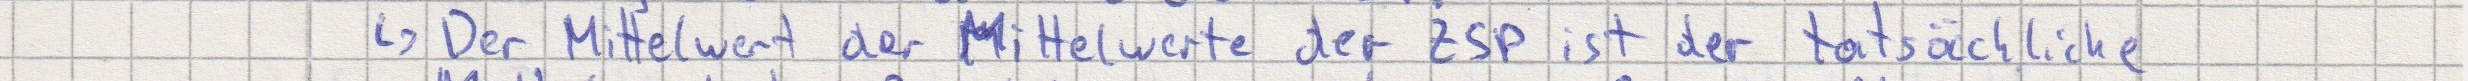
-> Der Mittelwert der Mittelwerte der ZSP ist der tatsächliche